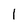
Character: l